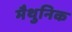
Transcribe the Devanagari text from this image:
मैथुनिक